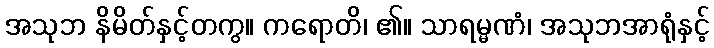
အသုဘ နိမိတ်နှင့်တကွ။ ကရောတိ၊ ၏။ သာရမ္မဏံ၊ အသုဘအာရုံနှင့်